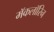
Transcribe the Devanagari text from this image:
मॅकलॉरिन